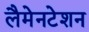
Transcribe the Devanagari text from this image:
लैमेनटेशन